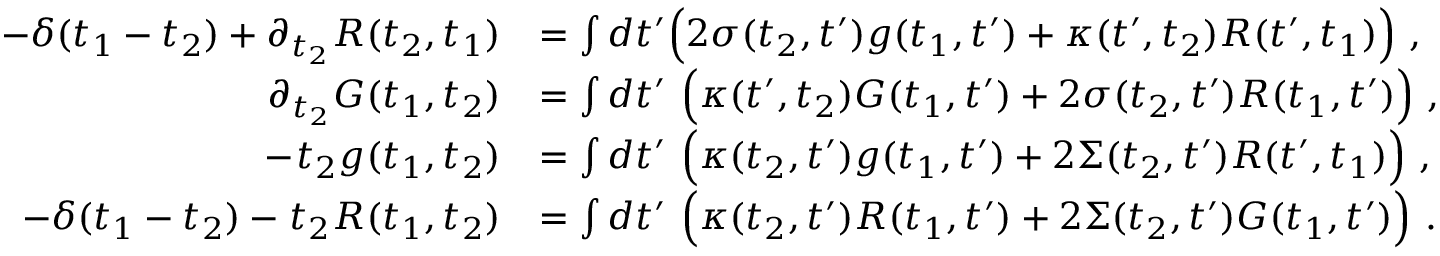
\begin{array} { r l } { - \delta ( t _ { 1 } - t _ { 2 } ) + \partial _ { t _ { 2 } } R ( t _ { 2 } , t _ { 1 } ) } & { = \int d t ^ { \prime } \Big ( 2 \sigma ( t _ { 2 } , t ^ { \prime } ) g ( t _ { 1 } , t ^ { \prime } ) + \kappa ( t ^ { \prime } , t _ { 2 } ) R ( t ^ { \prime } , t _ { 1 } ) \Big ) ~ , } \\ { \partial _ { t _ { 2 } } G ( t _ { 1 } , t _ { 2 } ) } & { = \int d t ^ { \prime } \ \Big ( \kappa ( t ^ { \prime } , t _ { 2 } ) G ( t _ { 1 } , t ^ { \prime } ) + 2 \sigma ( t _ { 2 } , t ^ { \prime } ) R ( t _ { 1 } , t ^ { \prime } ) \Big ) ~ , } \\ { - \d _ { t _ { 2 } } g ( t _ { 1 } , t _ { 2 } ) } & { = \int d t ^ { \prime } \ \Big ( \kappa ( t _ { 2 } , t ^ { \prime } ) g ( t _ { 1 } , t ^ { \prime } ) + 2 \Sigma ( t _ { 2 } , t ^ { \prime } ) R ( t ^ { \prime } , t _ { 1 } ) \Big ) ~ , } \\ { - \delta ( t _ { 1 } - t _ { 2 } ) - \d _ { t _ { 2 } } R ( t _ { 1 } , t _ { 2 } ) } & { = \int d t ^ { \prime } \ \Big ( \kappa ( t _ { 2 } , t ^ { \prime } ) R ( t _ { 1 } , t ^ { \prime } ) + 2 \Sigma ( t _ { 2 } , t ^ { \prime } ) G ( t _ { 1 } , t ^ { \prime } ) \Big ) ~ . } \end{array}